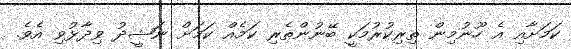
ކަމަށާއި އެ ހޫނުމިން ތިރިކުރުމަކީ ބޭނުންތެރި ކަމެއް ކަމަށް ނަޝީދު ވިދާޅުވި އެވެ.